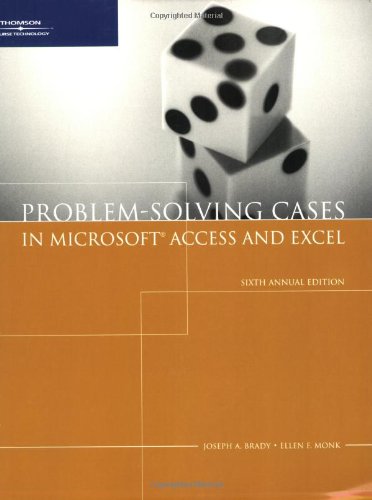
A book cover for Problem Solving Cases with Microsoft Access and Excel; Joseph Brady; Computers & Technology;